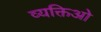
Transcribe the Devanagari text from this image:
व्यक्तिओ